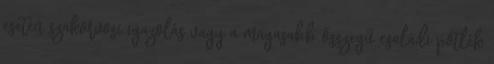
esetén szakorvosi igazolás vagy a magasabb összegű családi pótlék